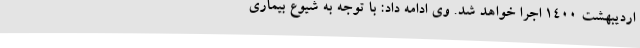
اردیبهشت ۱۴۰۰ اجرا خواهد شد. وی ادامه داد: با توجه به شیوع بیماری